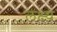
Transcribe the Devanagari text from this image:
लक्ष्य़